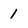
Character: 1